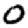
Digit: 0